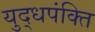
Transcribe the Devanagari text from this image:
युद्धपंक्ति